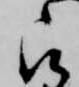
被